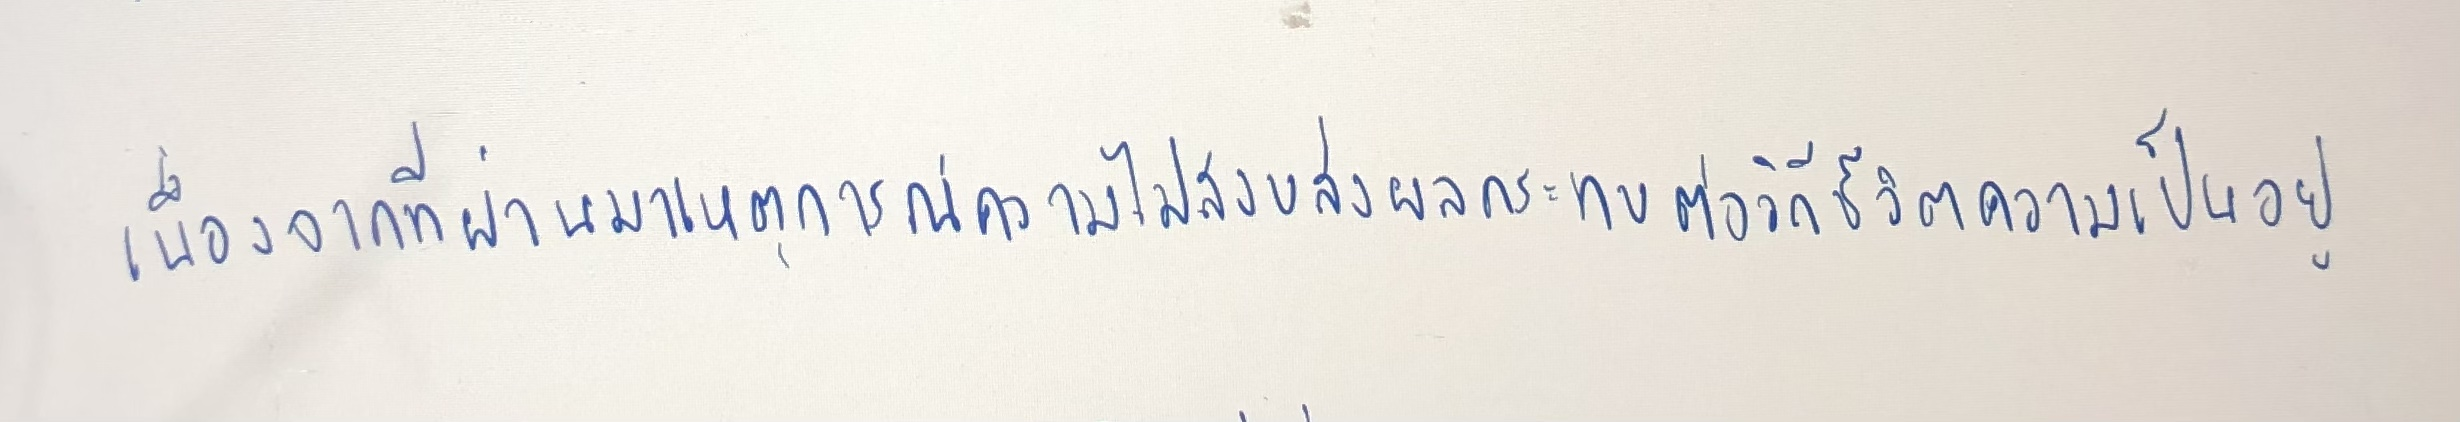
เนื่องจากที่ผ่านมาเหตุการณ์ความไม่สงบส่งผลกระทบต่อวิถีชีวิตความเป็นอยู่